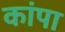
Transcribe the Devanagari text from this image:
कांपा